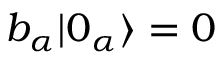
b _ { \alpha } | 0 _ { \alpha } \rangle = 0